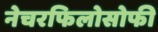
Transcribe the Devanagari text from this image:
नेचरफिलोसोफी